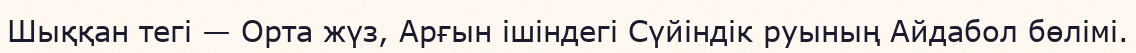
Шыққан тегі — Орта жүз, Арғын ішіндегі Сүйіндік руының Айдабол бөлімі.